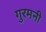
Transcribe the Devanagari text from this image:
गुरमनी